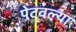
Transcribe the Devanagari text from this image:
पेटवल्या